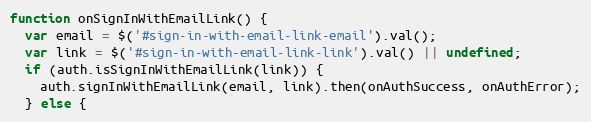
Language: JavaScript
function onSignInWithEmailLink() {
  var email = $('#sign-in-with-email-link-email').val();
  var link = $('#sign-in-with-email-link-link').val() || undefined;
  if (auth.isSignInWithEmailLink(link)) {
    auth.signInWithEmailLink(email, link).then(onAuthSuccess, onAuthError);
  } else {